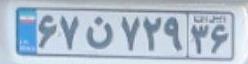
۶۷ن۷۲۹۳۶